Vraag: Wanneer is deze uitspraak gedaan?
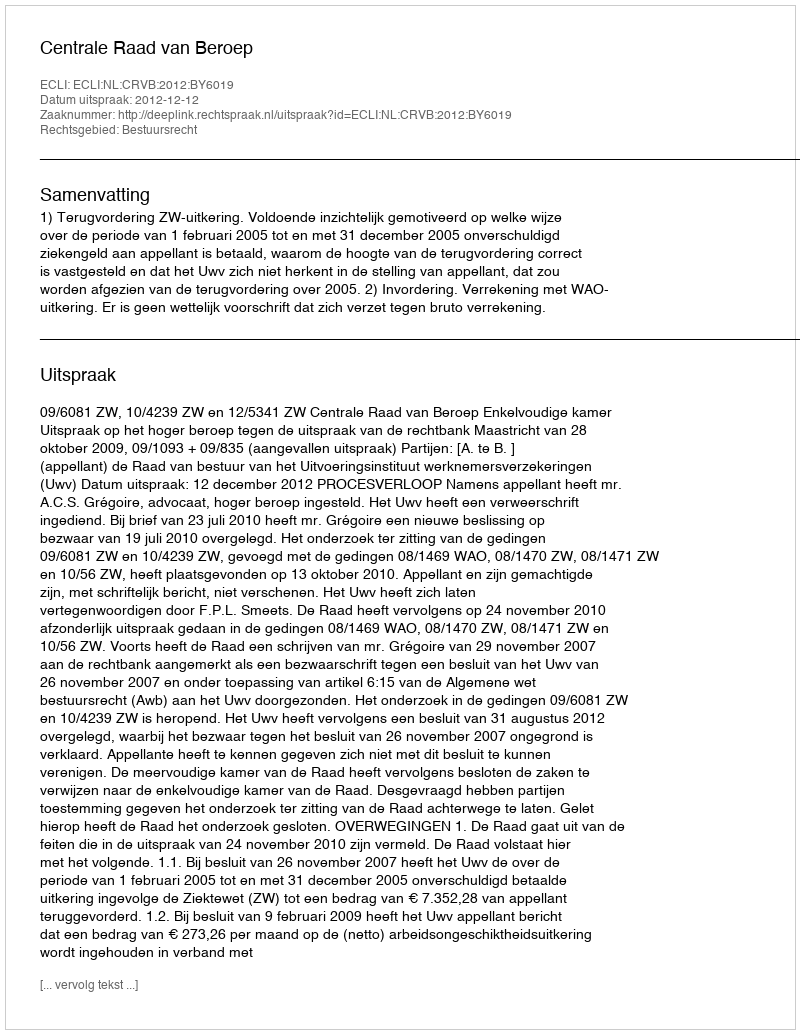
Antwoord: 2012-12-12